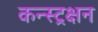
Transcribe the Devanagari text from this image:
कन्स्ट्रक्षन